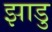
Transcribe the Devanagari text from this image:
झाडु